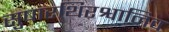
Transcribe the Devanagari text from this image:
सुषारथिरश्वानिव